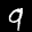
Label: 9